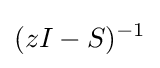
(zI-S)^{-1}